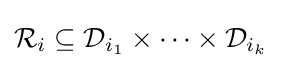
{\mathcal {R}}_{i}\subseteq {\mathcal {D}}_{i_{1}}\times \dots \times {\mathcal {D}}_{i_{k}}